Tartu_pedagoogiumi_aruanded, lk 27
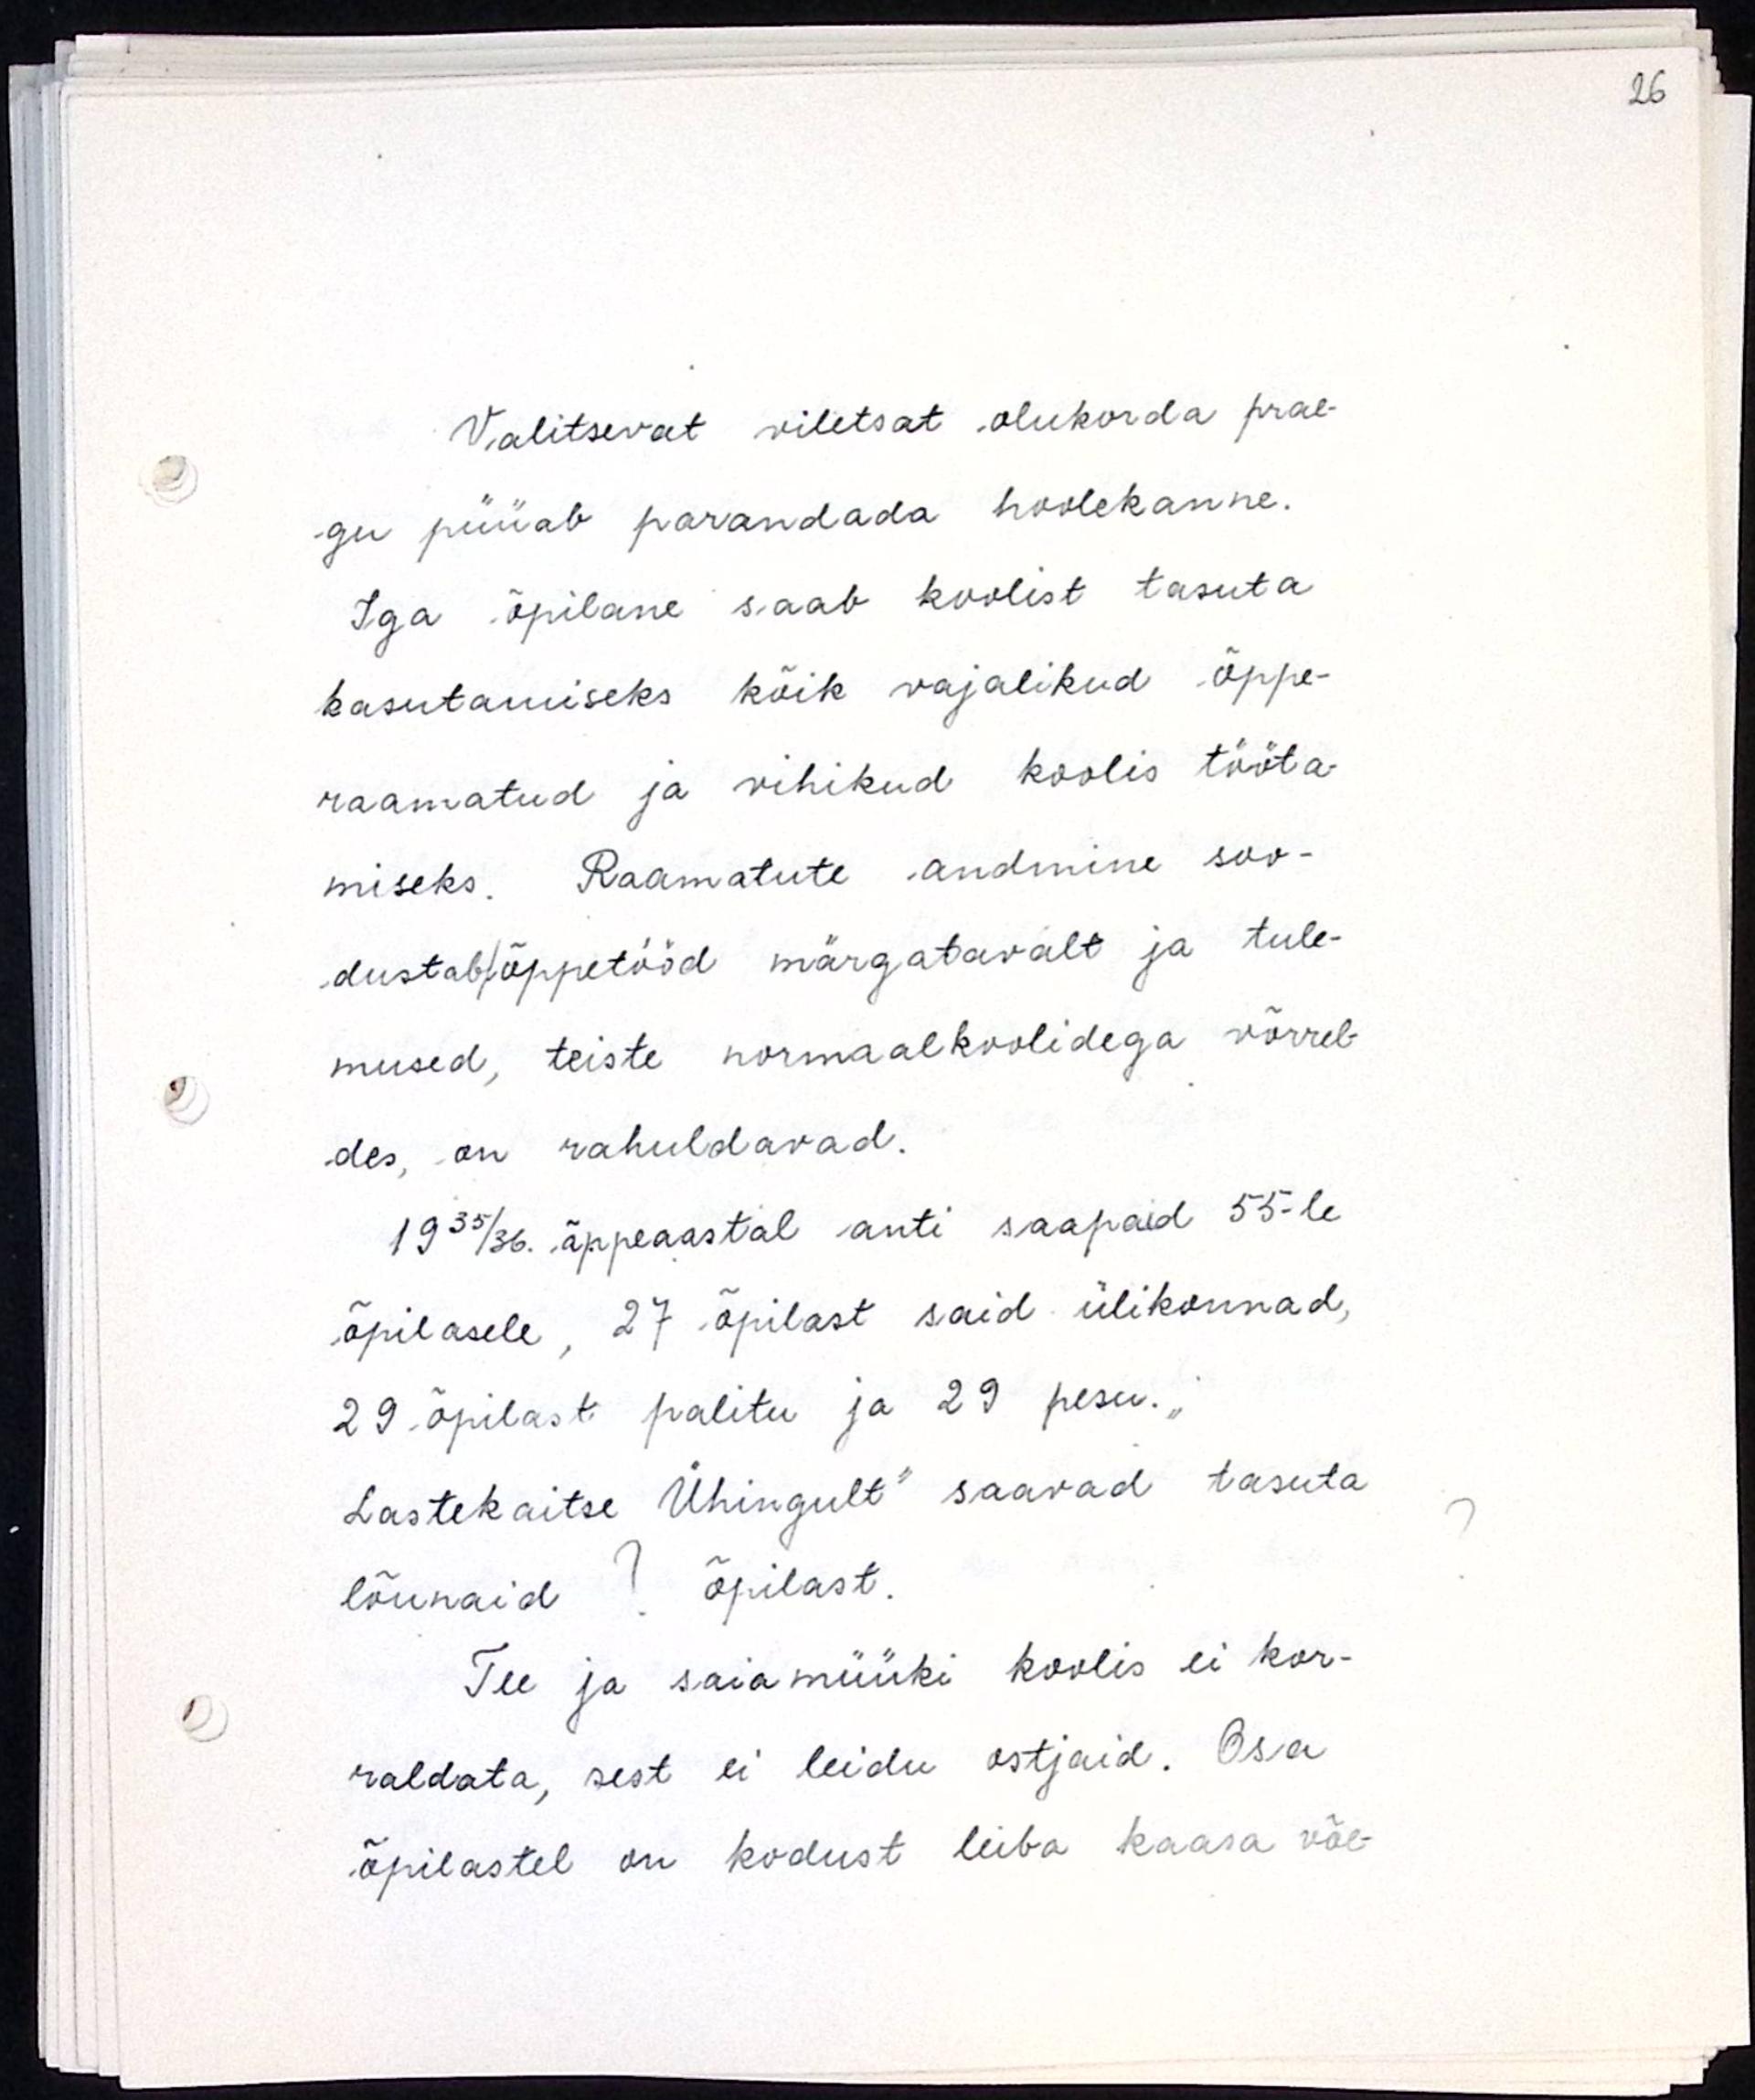
Valitsevat viletsat olukorda prae-
gu püüab parandada hoolekanne.
Iga õpilane saab koolist tasuta
kasutamiseks kõik vajalikud õppe-
raamatud ja vihikud koolis tööta-
miseks. Raamatute andmine soo-
dustab|õppetööd märgatavalt ja tule-
mused, teiste normaalkoolidega võrrel-
des on rahuldavad.
1935/36. õppeaastal anti saapaid 55-le
õpilasele, 27 õpilast said ülikonnad,
29 õpilast palitu ja 29 pesu."
Lastekaitse Ühingult" saavad tasuta
lõunaid ? õpilast.
Tee ja saiamüüki koolis ei kor-
raldata, sest ei leidu ostjaid. Osa
õpilastel on kodust leiba kaasa võe-